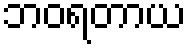
ဘဝရတာယ